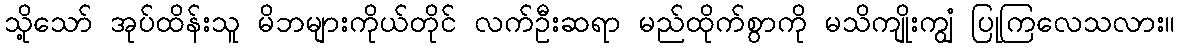
သို့သော် အုပ်ထိန်းသူ မိဘများကိုယ်တိုင် လက်ဦးဆရာ မည်ထိုက်စွာကို မသိကျိုးကျွံ ပြုကြလေသလား။